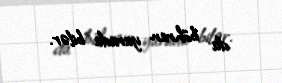
da böhran yarada bilər.